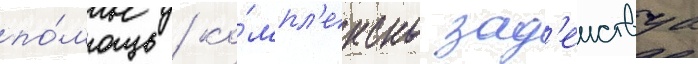
по́мощь / ко́мпл'ексно зад'еиствуа